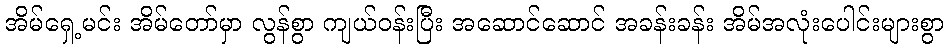
အိမ်ရှေ့မင်း အိမ်တော်မှာ လွန်စွာ ကျယ်ဝန်းပြီး အဆောင်ဆောင် အခန်းခန်း အိမ်အလုံးပေါင်းများစွာ